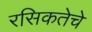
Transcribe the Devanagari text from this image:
रसिकतेचे